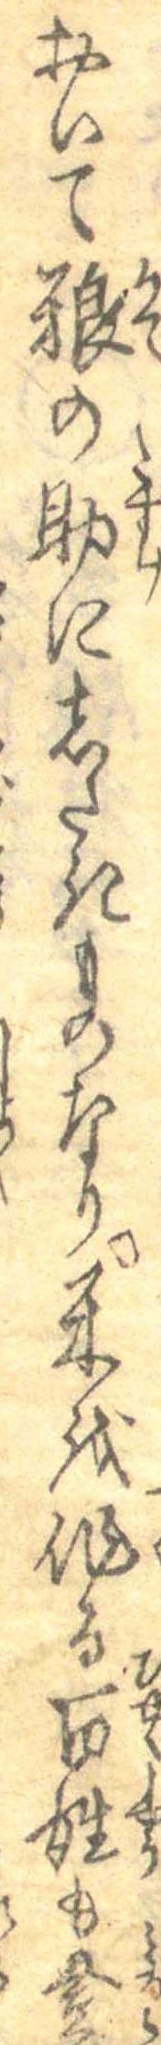
おいて糧の助にしたきものなり米を作る百姓も登